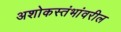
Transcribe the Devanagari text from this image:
अशोकस्तंभांवरील